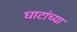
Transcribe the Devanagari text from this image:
घाटांच्या